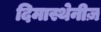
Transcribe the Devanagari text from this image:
दिमास्थेनीज़